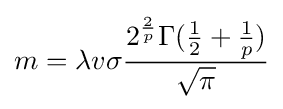
m=\lambda v\sigma {\frac {2^{\frac {2}{p}}\Gamma ({\frac {1}{2}}+{\frac {1}{p}})}{\sqrt {\pi }}}